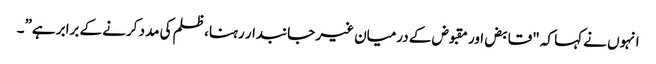
انہوں نے کہا کہ "قابض اور مقبوض کے درمیان غیر جانبدار رہنا، ظلم کی مدد کرنے کے برابر ہے”۔